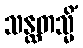
သန္ထတသ္မိံ